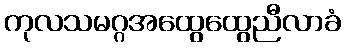
ကုလသမဂ္ဂအထွေထွေညီလာခံ